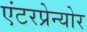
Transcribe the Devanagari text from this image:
एंटरप्रेन्योर